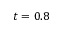
t = 0 . 8